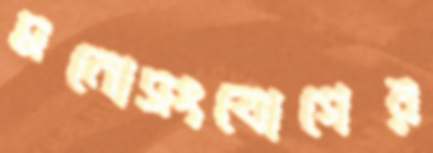
মনোসংযোগের